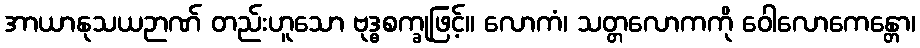
အာယာနုသယဉာဏ် တည်းဟူသော ဗုဒ္ဓစက္ခုဖြင့်။ လောကံ၊ သတ္တလောကကို ဝေါလောကေန္တော၊